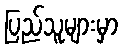
ပြည်သူများမှာ